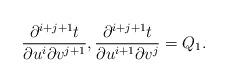
LaTeX: \begin{align*} \frac{\partial^{i+j+1}t}{\partial u^i\partial v^{j+1}},\frac{\partial^{i+j+1}t}{\partial u^{i+1}\partial v^{j}}=Q_1.\end{align*}